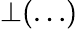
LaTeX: \bot(\ldots)